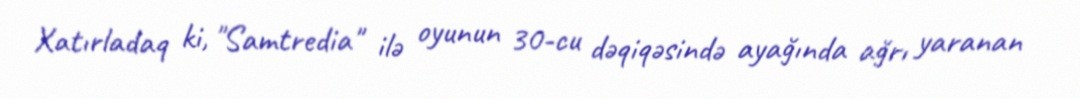
Xatırladaq ki, "Samtredia" ilə oyunun 30-cu dəqiqəsində ayağında ağrı yaranan